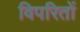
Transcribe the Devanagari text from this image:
विपरितों